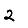
Digit: 2